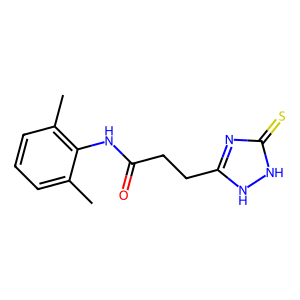
SMILES: Cc1cccc(C)c1NC(=O)CCc1nc(=S)[nH][nH]1
Inhibits HIV replication: No